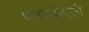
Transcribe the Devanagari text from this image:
एमएबीएसी